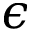
\epsilon